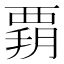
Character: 𧟶